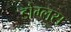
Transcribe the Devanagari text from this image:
डोग्लस